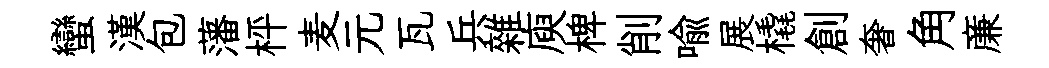
蠻漢包藩枰麦元瓦兵雜庾椑削喩展橇創奢角亷